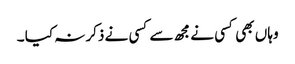
وہا ں بھی کسی نے مجھ سے کسی نے ذکر نہ کیا ۔